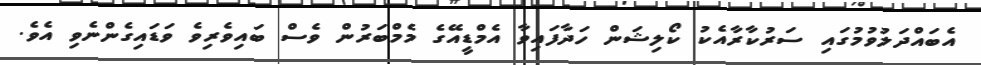
އެބައްދަލުވުމުގައި ސަރުކާރާއެކު ކޯލިޝަން ހަދާފައިވާ އެމްޑީއޭގެ މެމްބަރުން ވެސް ބައިވެރިވެ ވަޑައިގެންނެވި އެވެ.